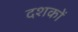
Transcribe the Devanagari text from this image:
दशकाें